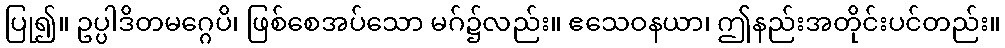
ပြု၍။ ဥပ္ပါဒိတမဂ္ဂေပိ၊ ဖြစ်စေအပ်သော မဂ်၌လည်း။ ဧသေဝနယာ၊ ဤနည်းအတိုင်းပင်တည်း။